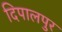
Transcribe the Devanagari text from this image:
दिपालपुर